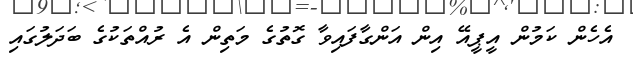
އެހެން ކަމުން އީޕީއޭ އިން އަންގާފައިވާ ގޮތުގެ މަތިން އެ ރުއްތަކުގެ ބަދަލުގައި